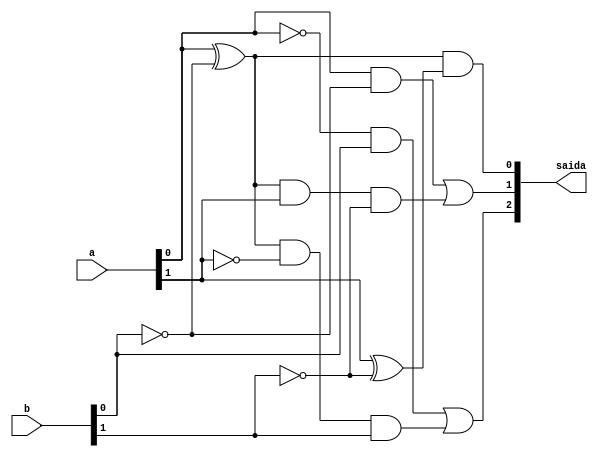
//----------------------
//Exemplo035 - comparador
//Nome:Fernando Silva
//----------------------


module comparador(output [3:0]saida,input [1:0]a,input [1:0]b);

wire saida1,saida2,saida3,saida4,saida5,saida6,saida7,saida8,saida9;

xor O1(saida1,a[0],~b[0]);
xor O2(saida2,a[1],~b[1]);      
and A1(saida3,saida1,saida2); //a=b
and A2(saida4,a[0],~b[0]);
and A3(saida5,saida1,a[1],~b[1]);
and A4(saida6,~a[0],b[0]);
and A5(saida7,saida1,~a[1],b[1]);
or O3(saida8,saida4,saida5);   //a>b
or O4(saida9,saida6,saida7);   //a<b

// PODE USAR AS SAIDAS DIRETAMENTE NAS PORTAS
assign saida[0]=saida3;
assign saida[1]=saida8;
assign saida[2]=saida9;


endmodule //fim comparador


module test_comparador;

reg [1:0]x;
reg [1:0]y;
wire [3:0]z;

comparador compara(z,x,y);

initial begin

$display("Exemplo0035 - Fernando Silva - 414506"); 
$display("Test Comparador"); 
$display("x  comparador  y  = resultado");
 x=4'b01; y=4'b01;
$monitor("%2b  %2b = %1b  ", x,y,z);   
#1 x=4'b01; y=4'b01; 
#1 x=4'b00; y=4'b01; 
#1 x=4'b11; y=4'b01; 
end
endmodule//fim test_comparador